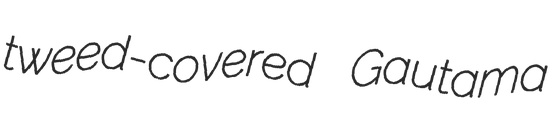
tweed-covered Gautama